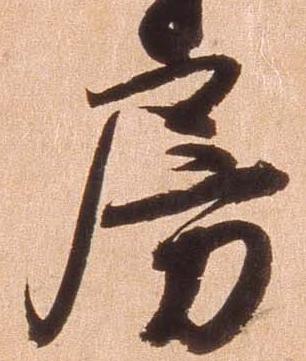
房